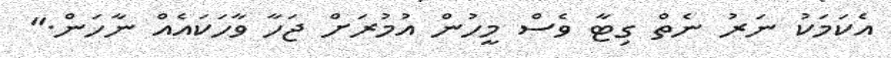
އެކަމަކު ނަރު ނެތް ގިޓާ ވެސް މީހުން އުމުރަށް ޖަހާ ވާހަކައެއް ނާހަން."